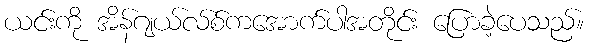
ယင်းကို အိန်ဂျယ်လ်စ်ကအောက်ပါအတိုင်း ပြောခဲ့ပေသည်။